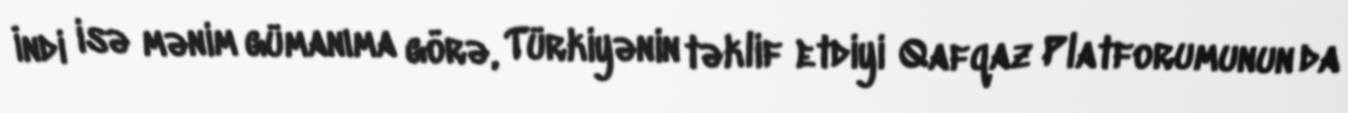
İndi isə mənim gümanıma görə, Türkiyənin təklif etdiyi Qafqaz Platforumunun da